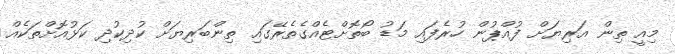
މިއީ ތިން އަރިޔަށް ފުއްޕުން ހުރެފައި މަޑު ބޯތޮށްޓެއްގެތެރޭގައި ތިންބަރިޔަށް ކުދިކުދި ކަޅުއޮށްތަކެއް